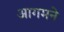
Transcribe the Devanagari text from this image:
आगमने